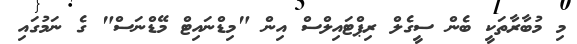
މި މުބާރާތަކީ ބެން ސީގެލް ރިޕްޓައިލްސް އިން "މިޑްނައިޓް މޭޑްނަސް" ގެ ނަމުގައި